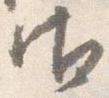
御